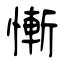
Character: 慚